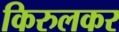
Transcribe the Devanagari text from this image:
किरुलकर